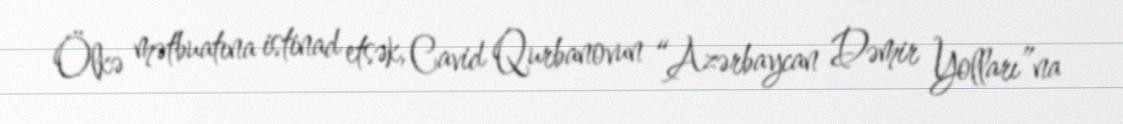
Ölkə mətbuatına istinad etsək, Cavid Qurbanovun “Azərbaycan Dəmir Yolları”na